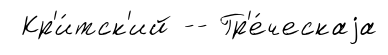
Кр'и́тск'ий -- Гр'е́ческаjа